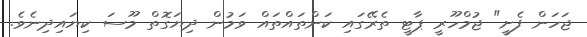
ޖަހަން ފެށީ" ޖުމްހޫރީ ޕާޓީ ތެރޭގައި ކަންތައްތައް ވަމުން ދިޔަގޮތް މޫސަ ކިޔައިދިނެވެ.